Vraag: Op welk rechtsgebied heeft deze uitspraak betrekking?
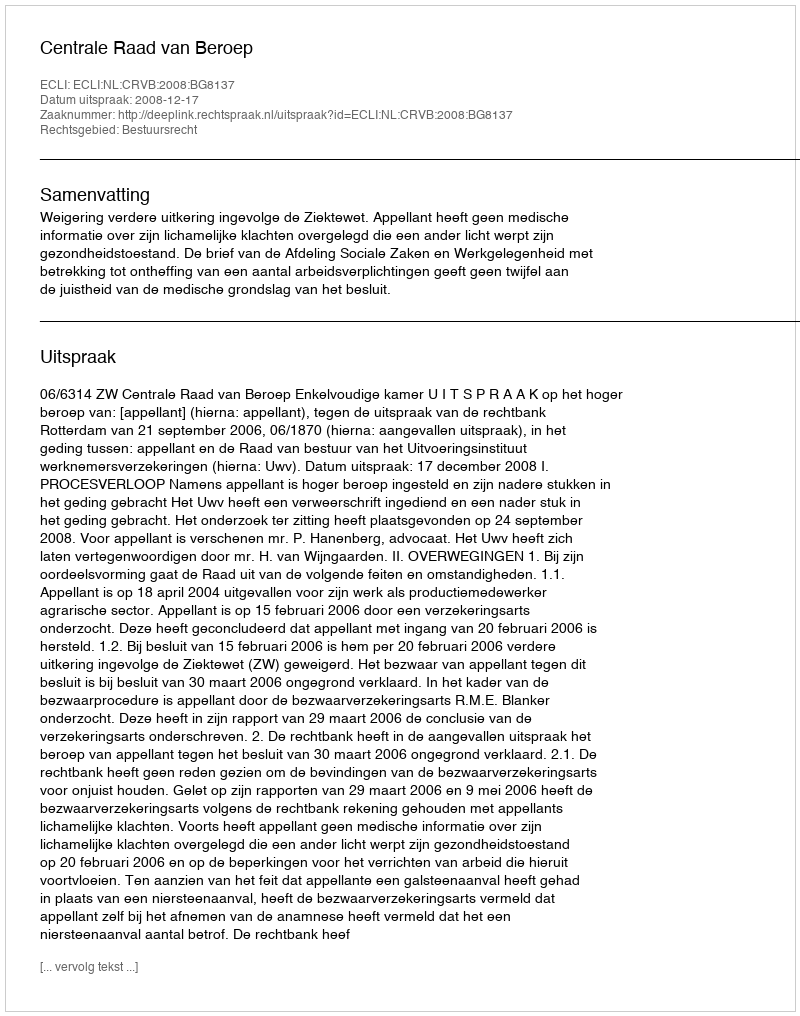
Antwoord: Bestuursrecht